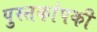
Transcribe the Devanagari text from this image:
पुस्तकांपकी